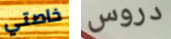
خاصتي دروس